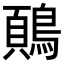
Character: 𬷢